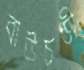
বাউচণ্ডী